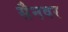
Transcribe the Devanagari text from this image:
सैनवर